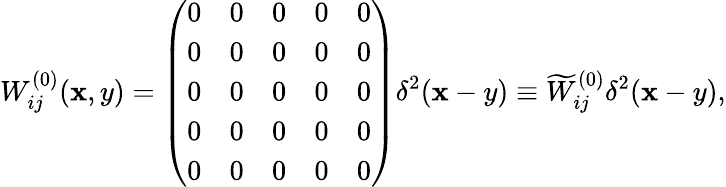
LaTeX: W_{ij}^{(0)}(\mathbf{x},y)=\left(\begin{array}{ccccc}{{0}}&{{0}}&{{0}}&{{0}}&{{0}}\\ {{0}}&{{0}}&{{0}}&{{0}}&{{0}}\\ {{0}}&{{0}}&{{0}}&{{0}}&{{0}}\\ {{0}}&{{0}}&{{0}}&{{0}}&{{0}}\\ {{0}}&{{0}}&{{0}}&{{0}}&{{0}}\end{array}\right)\delta^{2}(\mathbf{x}-y)\equiv\widetilde{{W}}_{ij}^{(0)}\delta^{2}(\mathbf{x}-y),